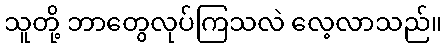
သူတို့ ဘာတွေလုပ်ကြသလဲ လေ့လာသည်။